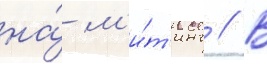
на́ м'и́т'инг // В